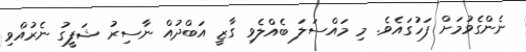
ނެންގެވުމަށް ފަހުގައެވެ. މި މައްސަލަ ބެއްލެވި ގާޒީ އަބްދުއް ނާސިރު ޝަފީގު ނެރުއްވި